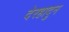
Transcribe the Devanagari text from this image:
देरहादुन